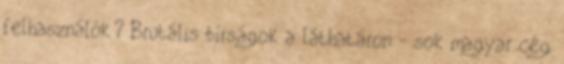
felhasználók? Brutális bírságok a láthatáron - sok magyar cég